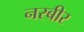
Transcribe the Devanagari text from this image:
नरबीर